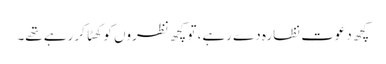
کچھ دعوت نظارہ دے رہے، تو کچھ نظروں کو کھٹا کر رہے تھے۔